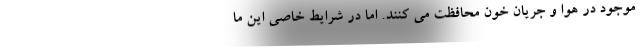
موجود در هوا و جریان خون محافظت می کنند. اما در شرایط خاصی این ما